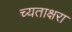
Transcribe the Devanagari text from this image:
च्यताक्षरा